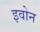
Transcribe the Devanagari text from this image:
इवोन